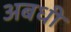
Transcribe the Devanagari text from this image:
अबधी